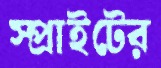
স্প্রাইটের